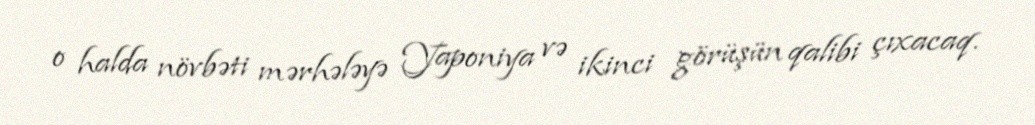
o halda növbəti mərhələyə Yaponiya və ikinci görüşün qalibi çıxacaq.